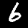
Label: 6